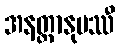
အနတ္တာနုပဿီ